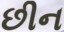
છીન